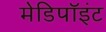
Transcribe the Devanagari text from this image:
मेडिपॉइंट